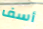
أسف